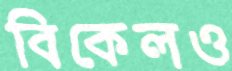
বিকেলও